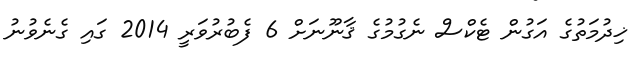
ޚިދުމަތުގެ އަގުން ޓެކްސް ނެގުމުގެ ޤާނޫނަށް 6 ފެބުރުވަރީ 2014 ގައި ގެނެވުނު